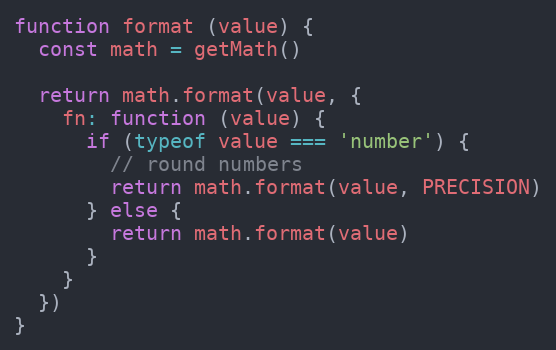
Language: JavaScript
function format (value) {
  const math = getMath()

  return math.format(value, {
    fn: function (value) {
      if (typeof value === 'number') {
        // round numbers
        return math.format(value, PRECISION)
      } else {
        return math.format(value)
      }
    }
  })
}